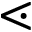
\lessdot